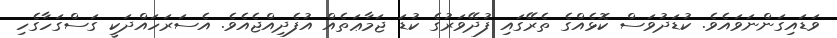
ވަޑައިގަންނަވައެވެ. ކުޑަދުވަސް ކޮޅެއްގެ ތެރޭގައި ފުދޭވަރުގެ ކުޑަ ޖަމާޢަތެއް އުފެދިއްޖެއެވެ. އެސަރަހައްދަކީ ގަސްގަހާގެހި